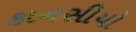
કાનસીયો